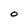
Character: o